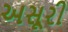
અસૂરી